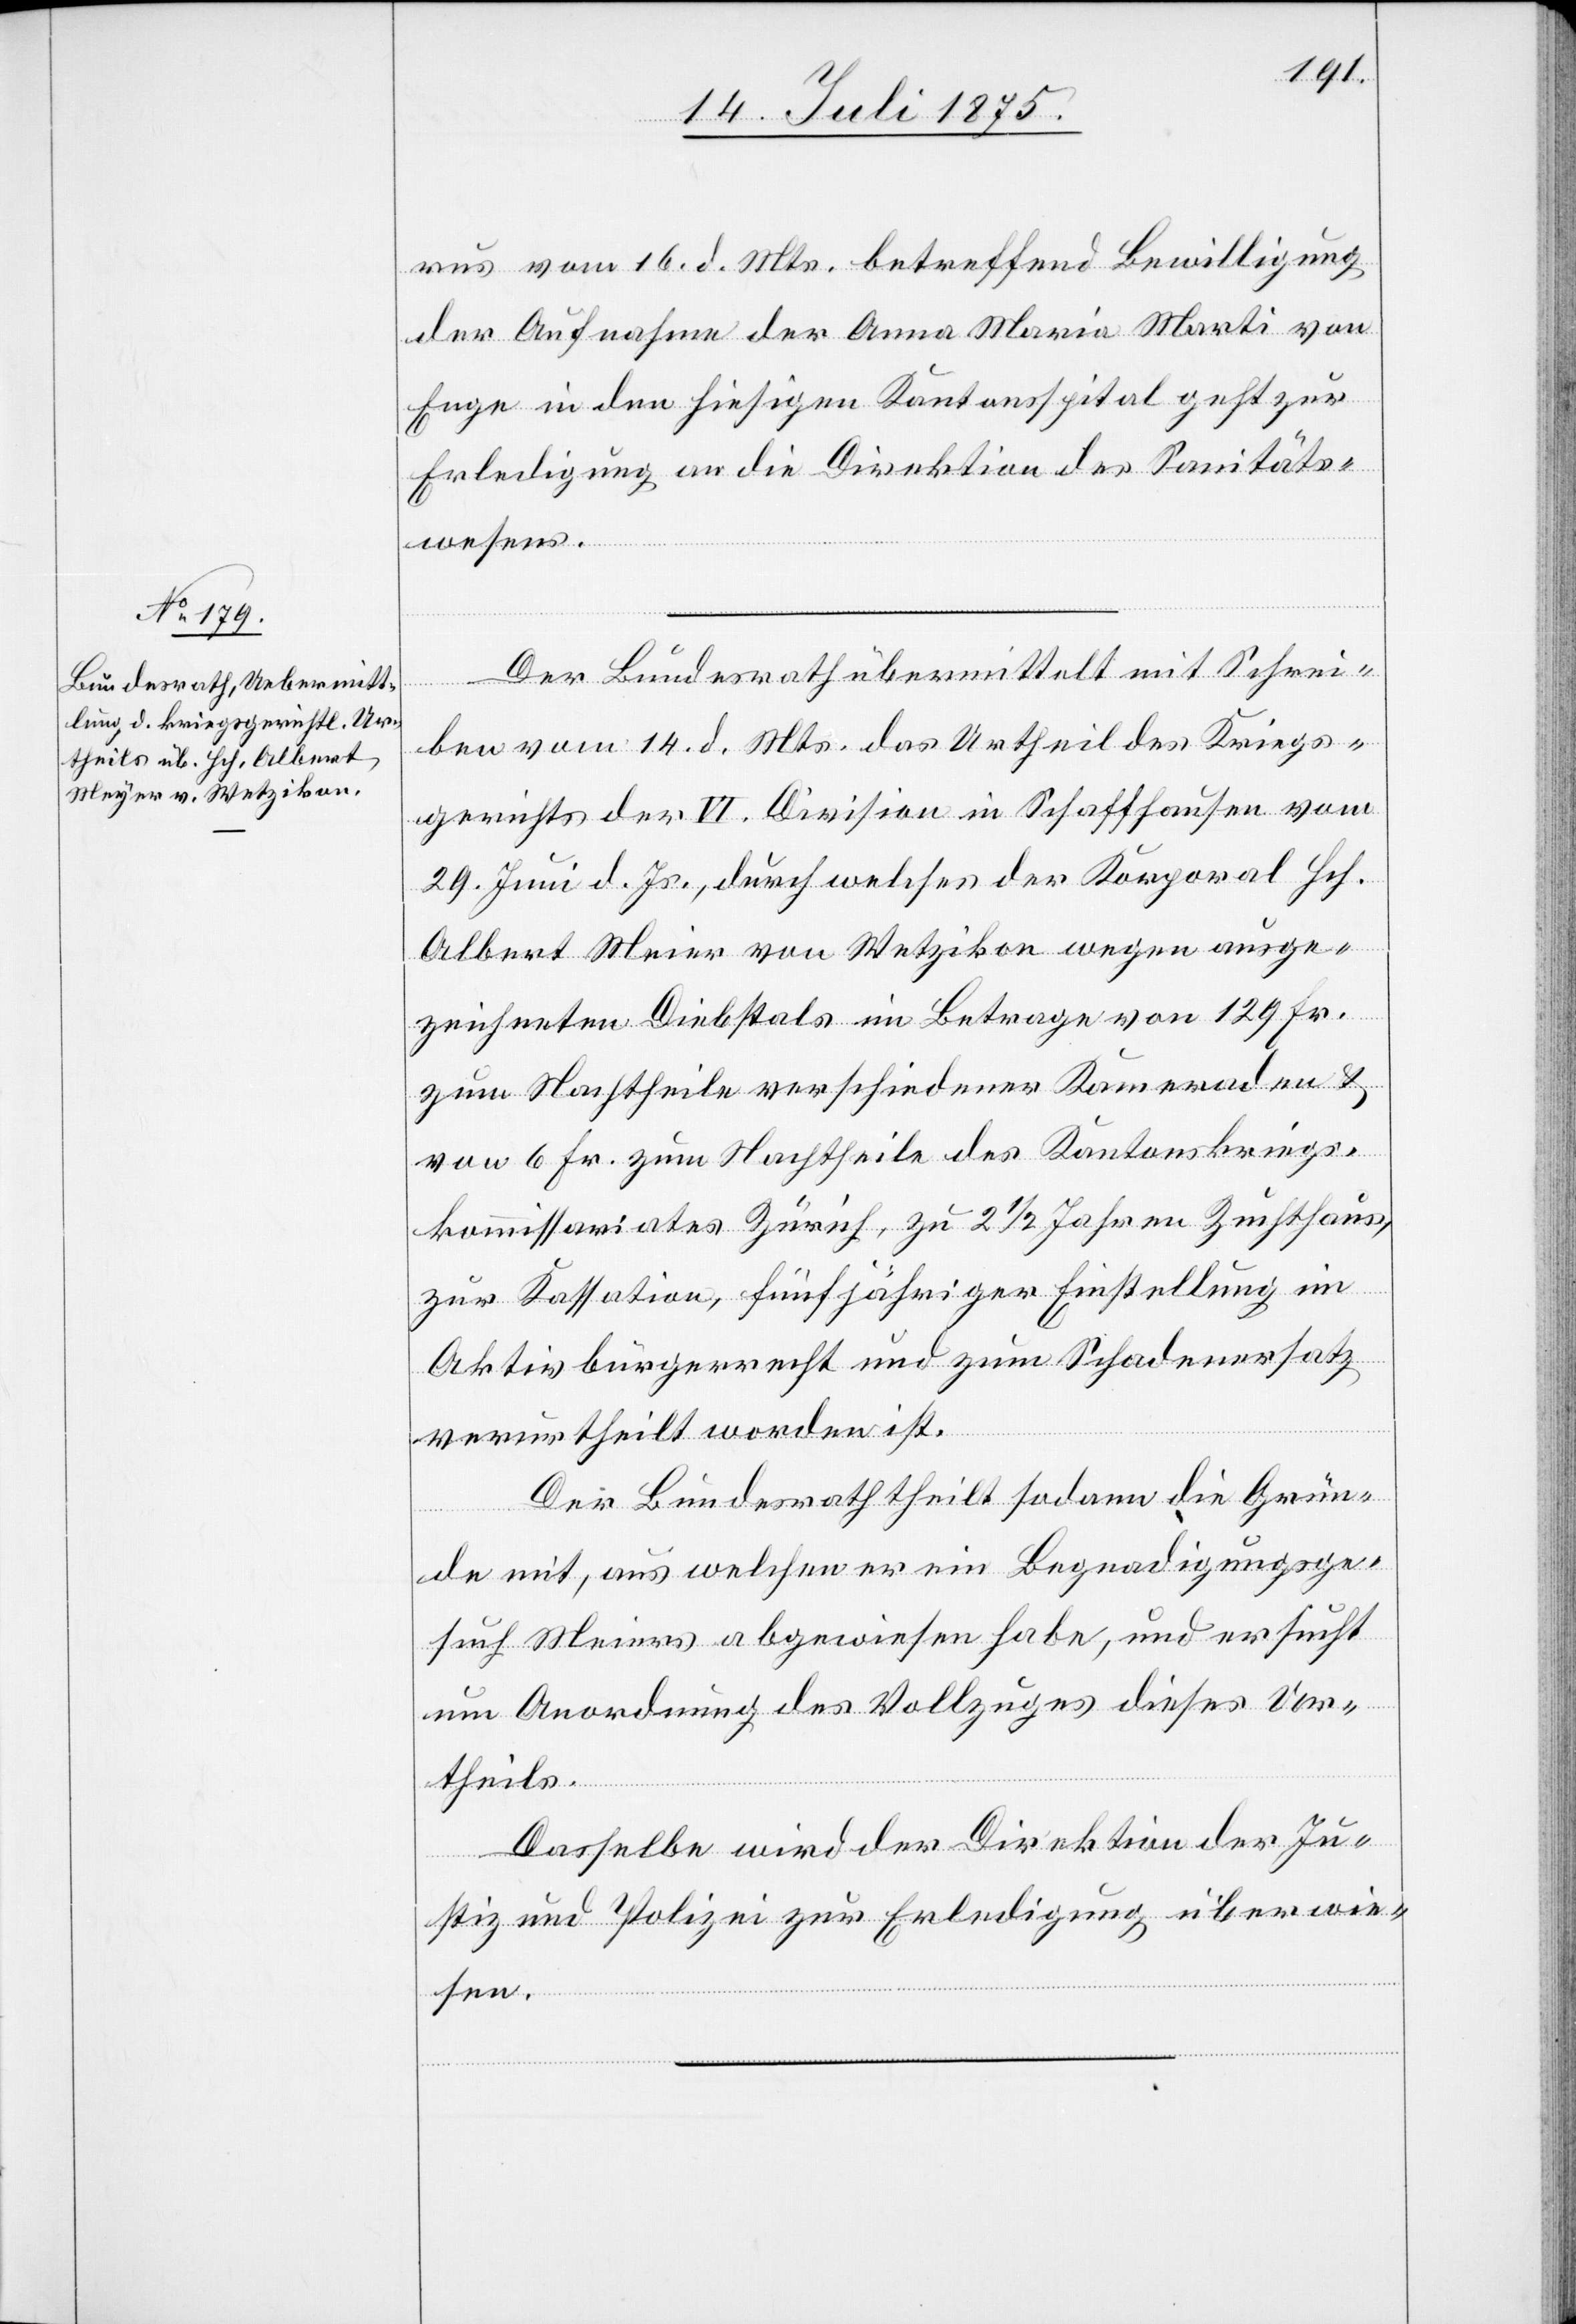
20. Juli 1875.]
rus vom 16. d. Mts. betreffend Bewilligung
der Aufnahme der Anna Maria Marti von
Enge in den hiesigen Kantonsspital geht zur
Erledigung an die Direktion des Sanitäts¬
wesens.
Der Bundesrath übermittelt mit Schrei¬
ben vom 14. d. Mts. das Urtheil des Kriegs¬
gerichtes der VI. Division in Schaffhausen vom
29. Juni d. Js., durch welches der Korporal Hch.
Albert Meier [sic!] von Wetzikon wegen ausge¬
zeichneten Diebstals im Betrage von 129 Fr.
zum Nachtheile verschiedener Kameraden &
von 6 Fr. zum Nachtheile des Kantonskriegs¬
kommissariates Zürich, zu 2 1/2 Jahren Zuchthaus,
zur Kassation, fünfjähriger Einstellung im
Aktivbürgerrecht und zum Schadenersatz
verurtheilt worden ist.
Der Bundesrath theilt sodann die Grün¬
de mit, aus welchen er ein Begnadigungsge¬
such Meiers abgewiesen habe, und ersucht
um Anordnung des Vollzuges dieses Ur¬
theils.
Dasselbe wird der Direktion der Ju¬
stiz und Polizei zur Erledigung überwie¬
sen.